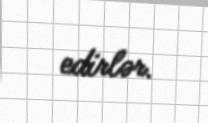
edirlər.